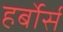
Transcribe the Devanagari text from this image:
हर्बोर्स